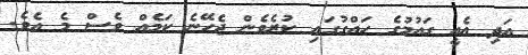
އަދި އެއީ ގައުމުގެ ހައްގުގައި ކުރެވެން ޖެހޭނެ ކަމެއް ވެސް މެ އެވެ.